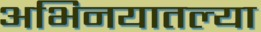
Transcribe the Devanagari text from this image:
अभिनयातल्या